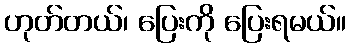
ဟုတ်တယ်၊ ပြေးကို ပြေးရမယ်။